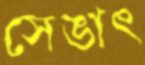
সেঙাৎ